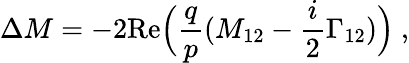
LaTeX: \Delta M=-2\mathrm{Re}\Big(\frac{q}{p}(M_{12}-\frac{i}{2}\Gamma_{12})\Big)~,